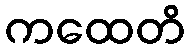
ကထေတိ